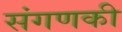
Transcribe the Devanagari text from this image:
संगणकी